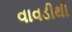
વાવડીથી